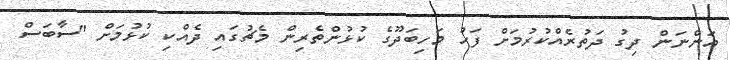
އަންނަން ދިގު ދަތުރެއްކުރުމަށް ފަހު މަހިބަދޫގެ ކުޅުންތެރިން މެޗުގައި ދެއްކި ކުޅުމަށް "ސާބަސް